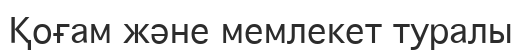
Қоғам және мемлекет туралы